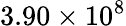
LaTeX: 3.90\times 10^{8}